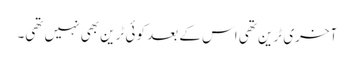
آخری ٹرین تھی اس کے بعد کوئی ٹرین بھی نہیں تھی۔